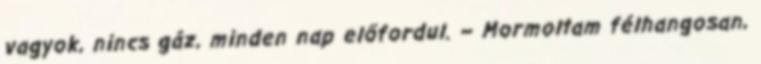
vagyok, nincs gáz, minden nap előfordul. – Mormoltam félhangosan,